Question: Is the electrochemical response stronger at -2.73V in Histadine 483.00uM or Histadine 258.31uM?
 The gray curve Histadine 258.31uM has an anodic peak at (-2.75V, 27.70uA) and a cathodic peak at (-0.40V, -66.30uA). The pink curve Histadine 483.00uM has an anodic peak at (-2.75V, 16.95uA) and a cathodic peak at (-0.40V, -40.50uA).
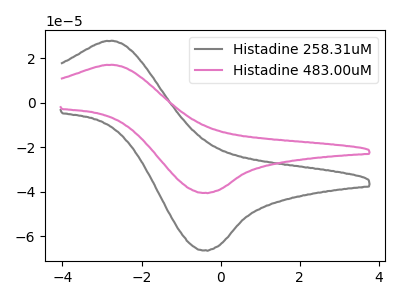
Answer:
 <answer>The peak at -2.73V is lower in "Histadine 483.00uM" than in "Histadine 258.31uM".</answer>
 <eval>lower</eval>